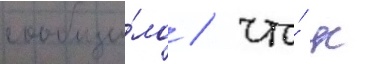
сообщи́ло / что́ к